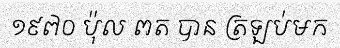
១៩៧០ ប៉ុល ពត បាន ត្រឡប់មក